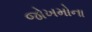
જોખમોના